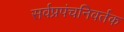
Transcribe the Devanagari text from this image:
सर्वप्रपंचनिवर्तक